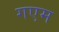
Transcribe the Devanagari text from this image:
गएम